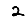
Digit: 2